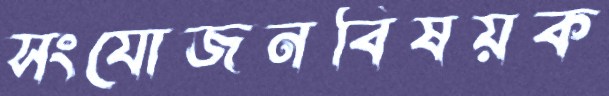
সংযোজনবিষয়ক